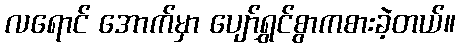
လရောင် အောက်မှာ ပျော်ရွှင်စွာကစားခဲ့တယ်။